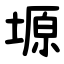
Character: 塬